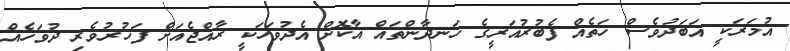
އުމަރަކީ އަބަދުވެސް ހަތެއް ފެބުރުއަރީގެ ހަނދާންތައް އާކޮށް އެދުވަހަކީ ރާއްޖެއަށް ފަހުރުވެރި ދުވަހެއް